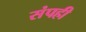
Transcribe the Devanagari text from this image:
संपही